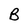
Character: B